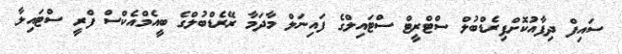
ސައިފް ދިފާއުކޮށްފިރެޑްބުލް ސްޓްރީޓް ސްޓައިލްގެ ފައިނަލް މާދަމާ ރޭރެޑްބުލްގެ ބީއެމްއެކްސް ފްރީ ސްޓައިލާ